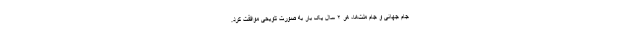
جام جهانی و جام ملت‌ها، هر ۲ سال یک بار به صورت تلویحی موافقت کرد.